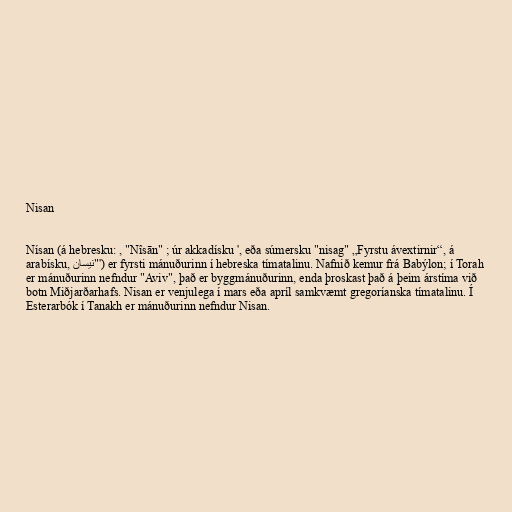
Nisan

Nísan (á hebresku: , "Nîsān" ; úr akkadísku ', eða súmersku "nisag" „Fyrstu ávextirnir“, á
arabísku, نيسان"') er fyrsti mánuðurinn í hebreska tímatalinu. Nafnið kemur frá Babýlon; í Torah
er mánuðurinn nefndur "Aviv", það er byggmánuðurinn, enda þroskast það á þeim árstíma við
botn Miðjarðarhafs. Nisan er venjulega í mars eða apríl samkvæmt gregoríanska tímatalinu. Í
Esterarbók í Tanakh er mánuðurinn nefndur Nisan.